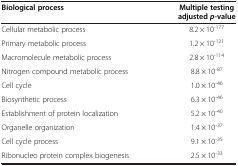
| Biological process | Multiple testing adjusted p-value |
 | --- | --- |
 | Cellular metabolic process | 8.2 × 10-177 |
 | Primary metabolic process | 1.2 × 10-121 |
 | Macromolecule metabolic process | 2.8 × 10-114 |
 | Nitrogen compound metabolic process | 8.8 × 10-87 |
 | Cell cycle | 1.0 × 10-46 |
 | Biosynthetic process | 6.3 × 10-46 |
 | Establishment of protein localization | 5.2 × 10-40 |
 | Organelle organization | 1.4 × 10-37 |
 | Cell cycle process | 9.1 × 10-35 |
 | Ribonucleo protein complex biogenesis | 2.5 × 10-33 |